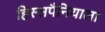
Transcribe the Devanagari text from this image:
हिस्सपैनियाला